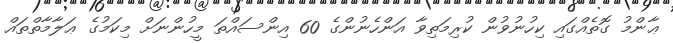
ޢާންމު ގޮތެއްގައި ކިހުނުވުން ކުރިމަތިވާ އަންހެނުންގެ 60 އިންސައްތަ މީހުންނަށް މިކަމުގެ ޢަލާމާތްތައް